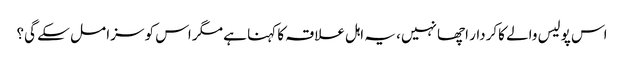
اس پولیس والے کاکردار اچھا نہیں، یہ اہل علاقہ کا کہنا ہے مگر اس کو سزا مل سکے گی؟